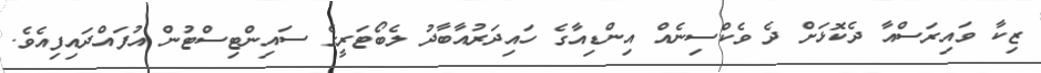
ޒިކާ ވައިރަސްއާ ދެކޮޅަށް ދެ ވެކްސިނެއް އިންޑިއާގެ ހައިދަރުއާބާދު ލެބޯޓަރީގެ ސައިންޓިސްޓުން އުފައްދައިފިއެވެ.